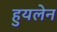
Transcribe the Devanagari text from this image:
हुयलेन